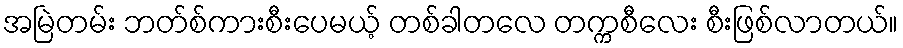
အမြဲတမ်း ဘတ်စ်ကားစီးပေမယ့် တစ်ခါတလေ တက္ကစီလေး စီးဖြစ်လာတယ်။